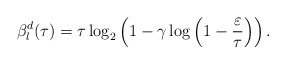
\begin{align*}{\beta}^{d}_l(\tau)=\tau\log_{2}\left( 1-\gamma\log\left( 1-\frac{\varepsilon}{\tau} \right) \right).\end{align*}